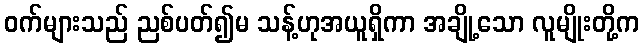
ဝက်များသည် ညစ်ပတ်၍မ သန့်ဟုအယူရှိကာ အချို့သော လူမျိုးတို့က